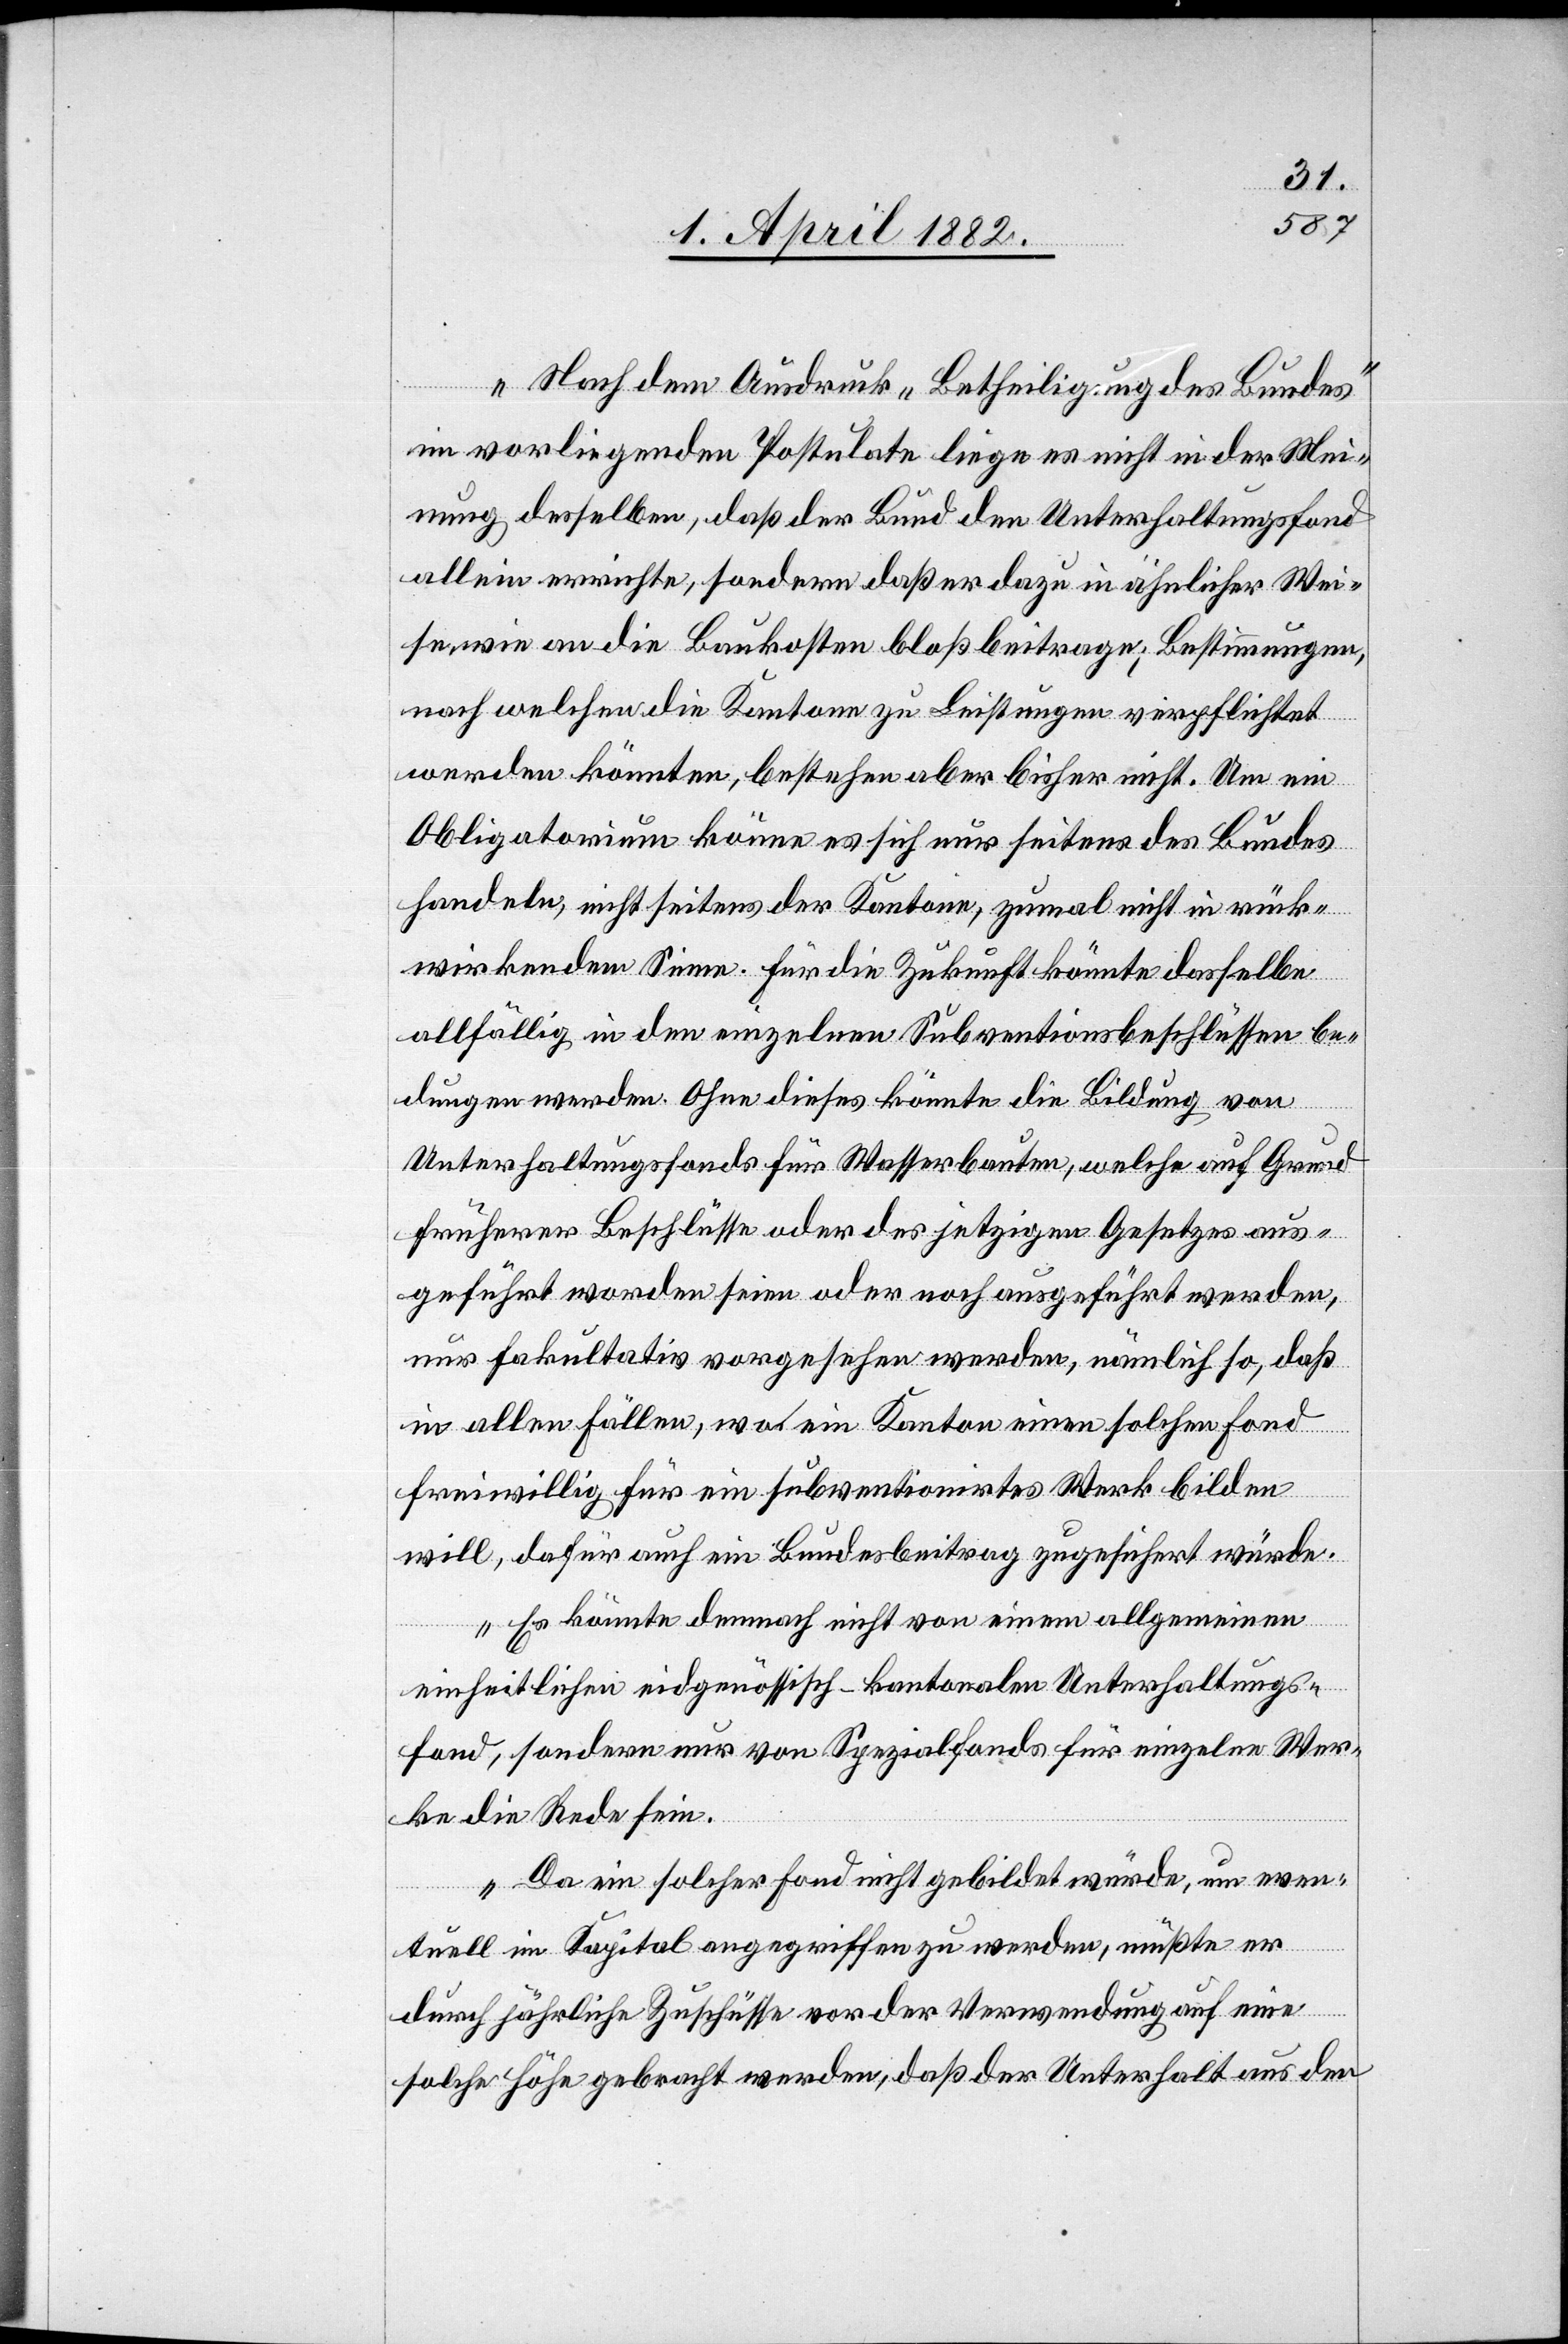
Nach dem Ausdruck ‚Betheiligung des Bundes‘
im vorliegenden Postulate liege es nicht in der Mei¬
nung desselben, daß der Bund den Unterhaltungsfond
allein errichte, sondern daß er dazu in ähnlicher Wei¬
se wie an die Baukosten bloß beitrage; Bestimmungen,
nach welchen die Kantone zu Leistungen verpflichtet
werden könnten, bestehen aber bisher nicht. Um ein
Obligatorium könne es sich nur seitens des Bundes
handeln, nicht seitens der Kantone, zumal nicht in rück¬
wirkendem Sinne. Für die Zukunft könnte dasselbe
allfällig in den einzelnen Subventionsbeschlüssen be¬
dungen werden. Ohne dieses könnte die Bildung von
Unterhaltungsfonds für Wasserbauten, welche auf Grund
früherer Beschlüsse oder des jetzigen Gesetzes aus¬
geführt worden seien oder noch ausgeführt werden,
nur fakultativ vorgesehen werden, nämlich so, daß
in allen Fällen, wo ein Kanton einen solchen Fond
freiwillig für ein subventionirtes Werk bilden
will, dafür auch ein Bundesbeitrag zugesichert würde.
Es könnte demnach nicht von einem allgemeinen
einheitlichen eidgenössisch-kantonalen Unterhaltungs¬
fond, sondern nur von Spezialfonds für einzelne Wer¬
ke die Rede sein.
Da ein solcher Fond nicht gebildet würde, um even¬
tuell im Kapital angegriffen zu werden, müßte er
durch jährliche Zuschüsse vor der Verwendung auf eine
solche Höhe gebracht werden, daß der Unterhalt aus den